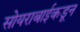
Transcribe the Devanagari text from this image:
सोयराबाईकडून